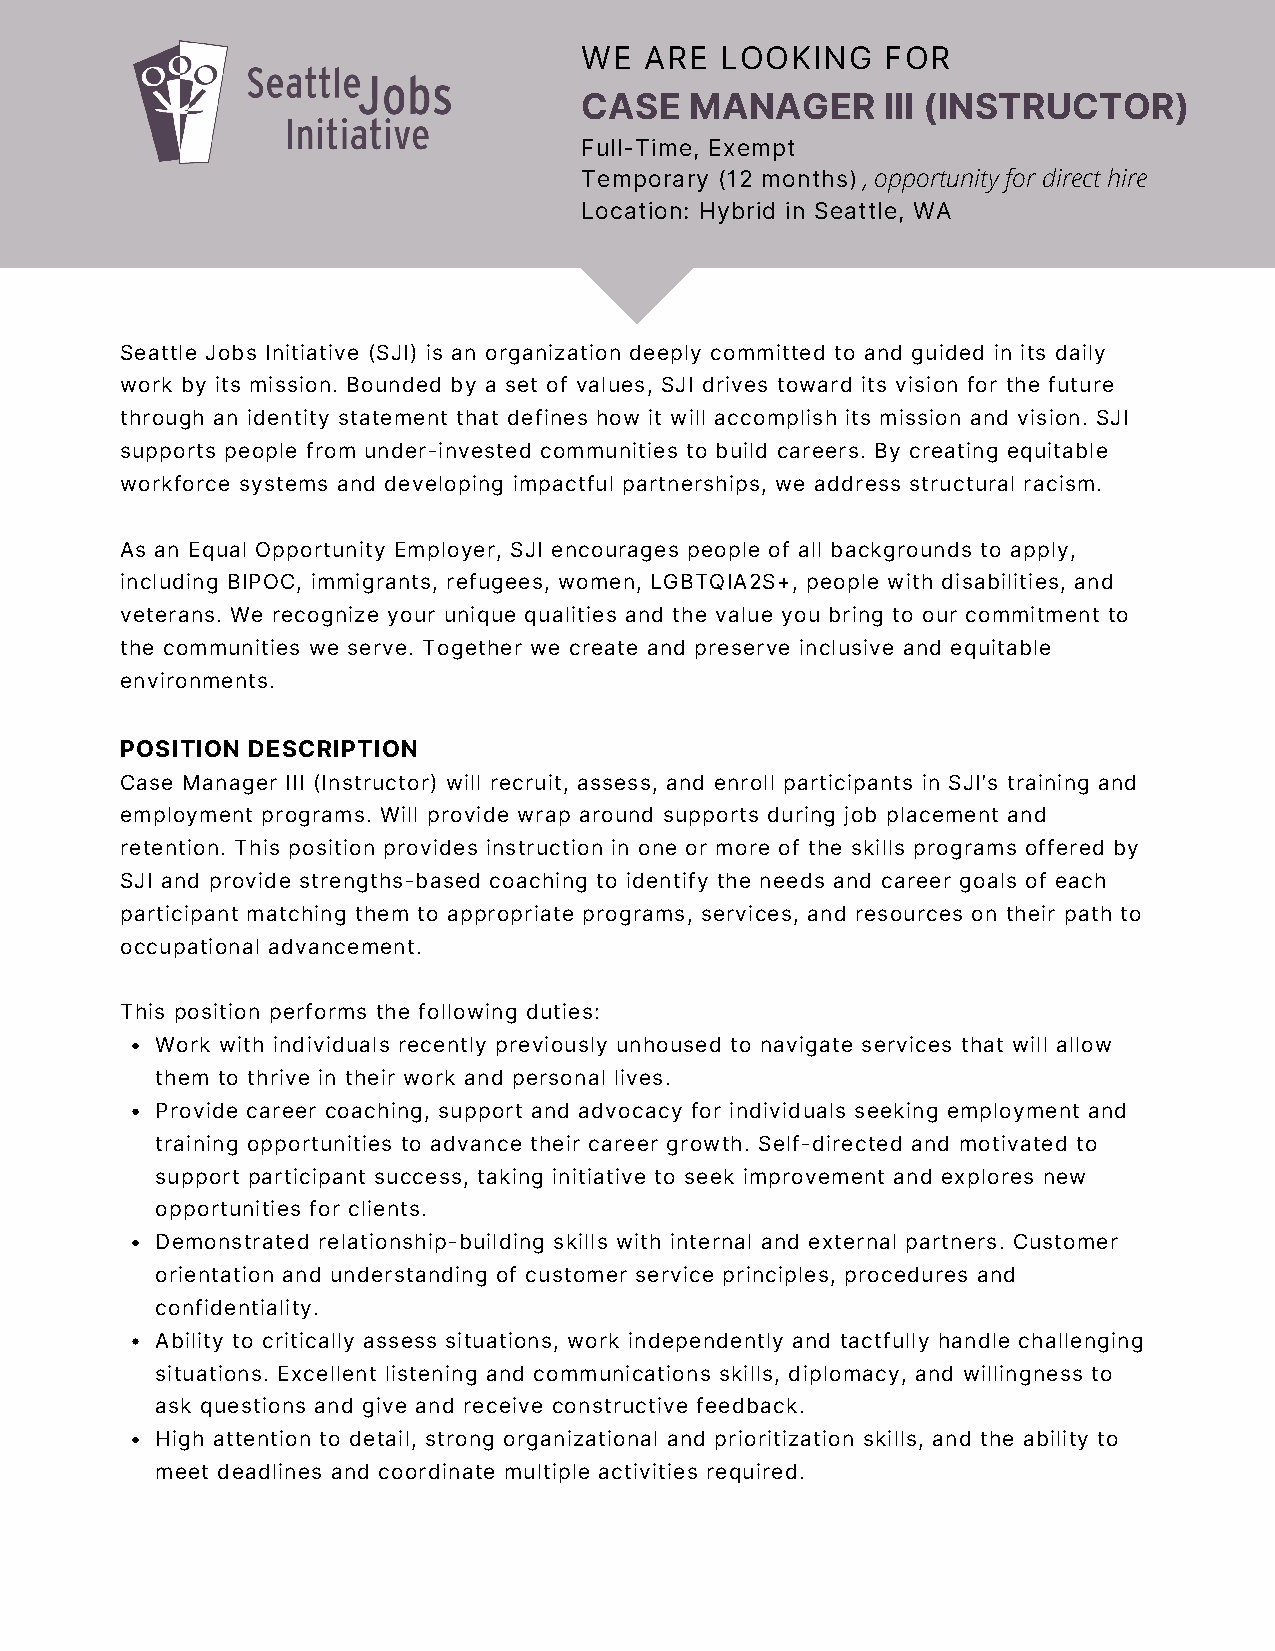
WE   ARE  LOOKING    FOR
 CASE    MANAGER      III (INSTRUCTOR)
 Full-Time, Exempt
 Temporary (12 months), opportunity for direct hire
 Location: Hybrid in Seattle, WA
 Seattle Jobs Initiative (SJI) is an organization deeply committed to and guided in its daily
 work by its mission. Bounded by a set of values, SJI drives toward its vision for the future
 through an identity statement that defines how it will accomplish its mission and vision. SJI
 supports people from under-invested communities to build careers. By creating equitable
 workforce systems and developing impactful partnerships, we address structural racism.
 As an Equal Opportunity Employer, SJI encourages people of all backgrounds to apply,
 including BIPOC, immigrants, refugees, women, LGBTQIA2S+, people with disabilities, and
 veterans. We recognize your unique qualities and the value you bring to our commitment to
 the communities we serve. Together we create and preserve inclusive and equitable
 environments.
 POSITION DESCRIPTION
 Case Manager III (Instructor) will recruit, assess, and enroll participants in SJI’s training and
 employment programs. Will provide wrap around supports during job placement and
 retention. This position provides instruction in one or more of the skills programs offered by
 SJI and provide strengths-based coaching to identify the needs and career goals of each
 participant matching them to appropriate programs, services, and resources on their path to
 occupational advancement.
 This position performs the following duties:
 Work with individuals recently previously unhoused to navigate services that will allow
 them to thrive in their work and personal lives.
 Provide career coaching, support and advocacy for individuals seeking employment and
 training opportunities to advance their career growth. Self-directed and motivated to
 support participant success, taking initiative to seek improvement and explores new
 opportunities for clients.
 Demonstrated relationship-building skills with internal and external partners. Customer
 orientation and understanding of customer service principles, procedures and
 confidentiality.
 Ability to critically assess situations, work independently and tactfully handle challenging
 situations. Excellent listening and communications skills, diplomacy, and willingness to
 ask questions and give and receive constructive feedback.
 High attention to detail, strong organizational and prioritization skills, and the ability to
 meet deadlines and coordinate multiple activities required.